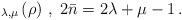
LaTeX: \begin{align*}_{\lambda ,\mu }\left( \rho \right) \,,\;2\bar{n}=2\lambda +\mu -1\,.\end{align*}